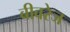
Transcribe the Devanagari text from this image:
बीवरेज